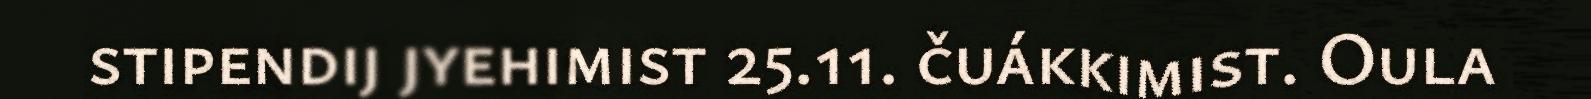
stipendij jyehimist 25.11. čuákkimist. Oula